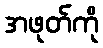
အဖုတ်ကို